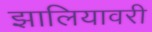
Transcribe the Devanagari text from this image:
झालियावरी